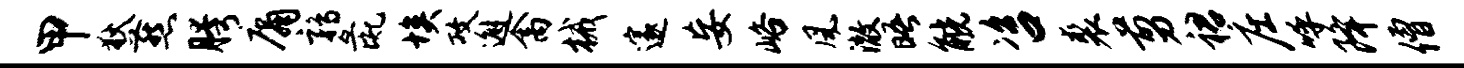
甲狄燕胯庸鹑彘埃攻邂禽械邃妄峪风澈晤觥咨裘剪裙庄呼降僧